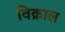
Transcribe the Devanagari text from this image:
विक्राल